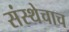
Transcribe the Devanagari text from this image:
संस्थेचाच